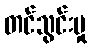
တင်သွင်းမှု